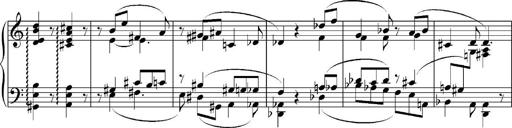
Title: Sonatina No.5
Composer: Otto Stoll
Key: F-sharp minor